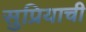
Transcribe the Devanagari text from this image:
सुप्रियाची